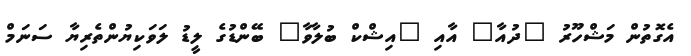
އެގޮތުން މަޝްހޫރު "ދުއާ" އާއި "އިޝްކް ބުލާވާ" ބޭންޑުގެ ލީޑު ލަވަކިޔުންތެރިޔާ ސަނަމް